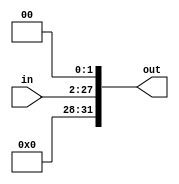
module left_2_shift(
    input [25:0]in,
    output [31:0]out
);
reg [31:0]shifted;
always @(in) begin
    shifted = in << 2;
end
assign out = shifted;
    
endmodule